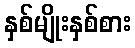
နှစ်မျိုးနှစ်စား